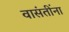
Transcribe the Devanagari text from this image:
वासंतींना